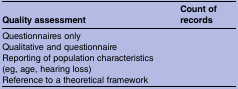
| Quality assessment | Count of records |
 | --- | --- |
 | Questionnaires only |  |
 | Qualitative and questionnaire |  |
 | Reporting of population characteristics (eg, age, hearing loss) |  |
 | Reference to a theoretical framework |  |